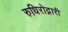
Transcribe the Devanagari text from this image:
रुधिरोद्नारी